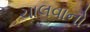
ચાલવાનો